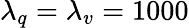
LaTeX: \lambda_{q}=\lambda_{v}=1000